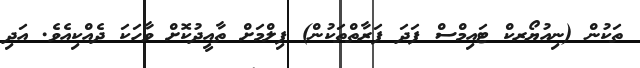
ތަކުން (ނިއުޔޯރކް ޓައިމްސް ފަދަ ފަރާތްތަކުން) ފިލްމަށް ތާއީދުކޮށް ވާހަކަ ދެއްކިއެވެ. އަދި